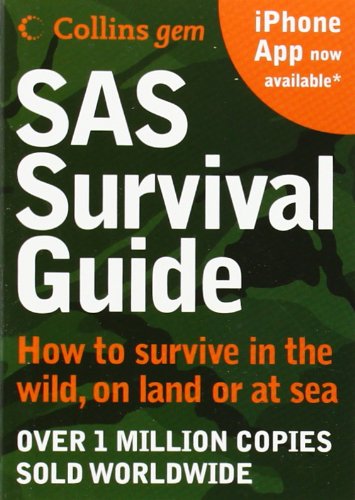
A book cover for SAS Survival Guide: How to Survive in the Wild, on Land or Sea (Collins Gem); John 'Lofty' Wiseman; Health, Fitness & Dieting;